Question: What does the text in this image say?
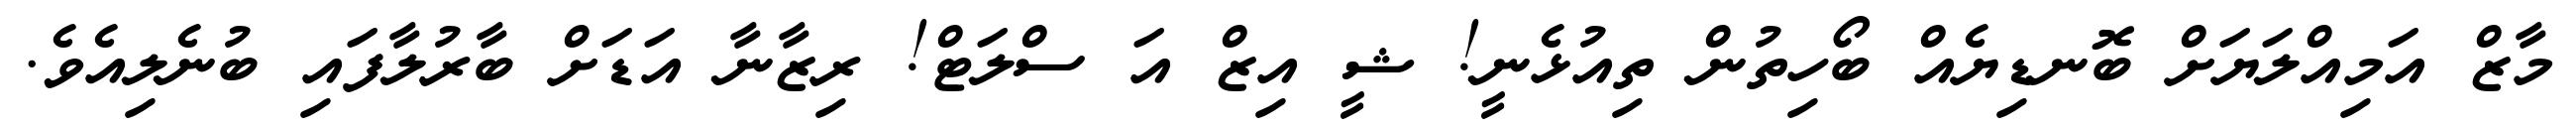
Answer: މާޒް އަމިއްލަޔަށް ބޮނޑިޔެއް ބޯހިތުން ތިއުޅެނީ! ޝީ އިޒް އަ ސްލަޓް! ރިޒާނާ އަޑަށް ބާރުލާފައި ބުނެލިއެވެ.